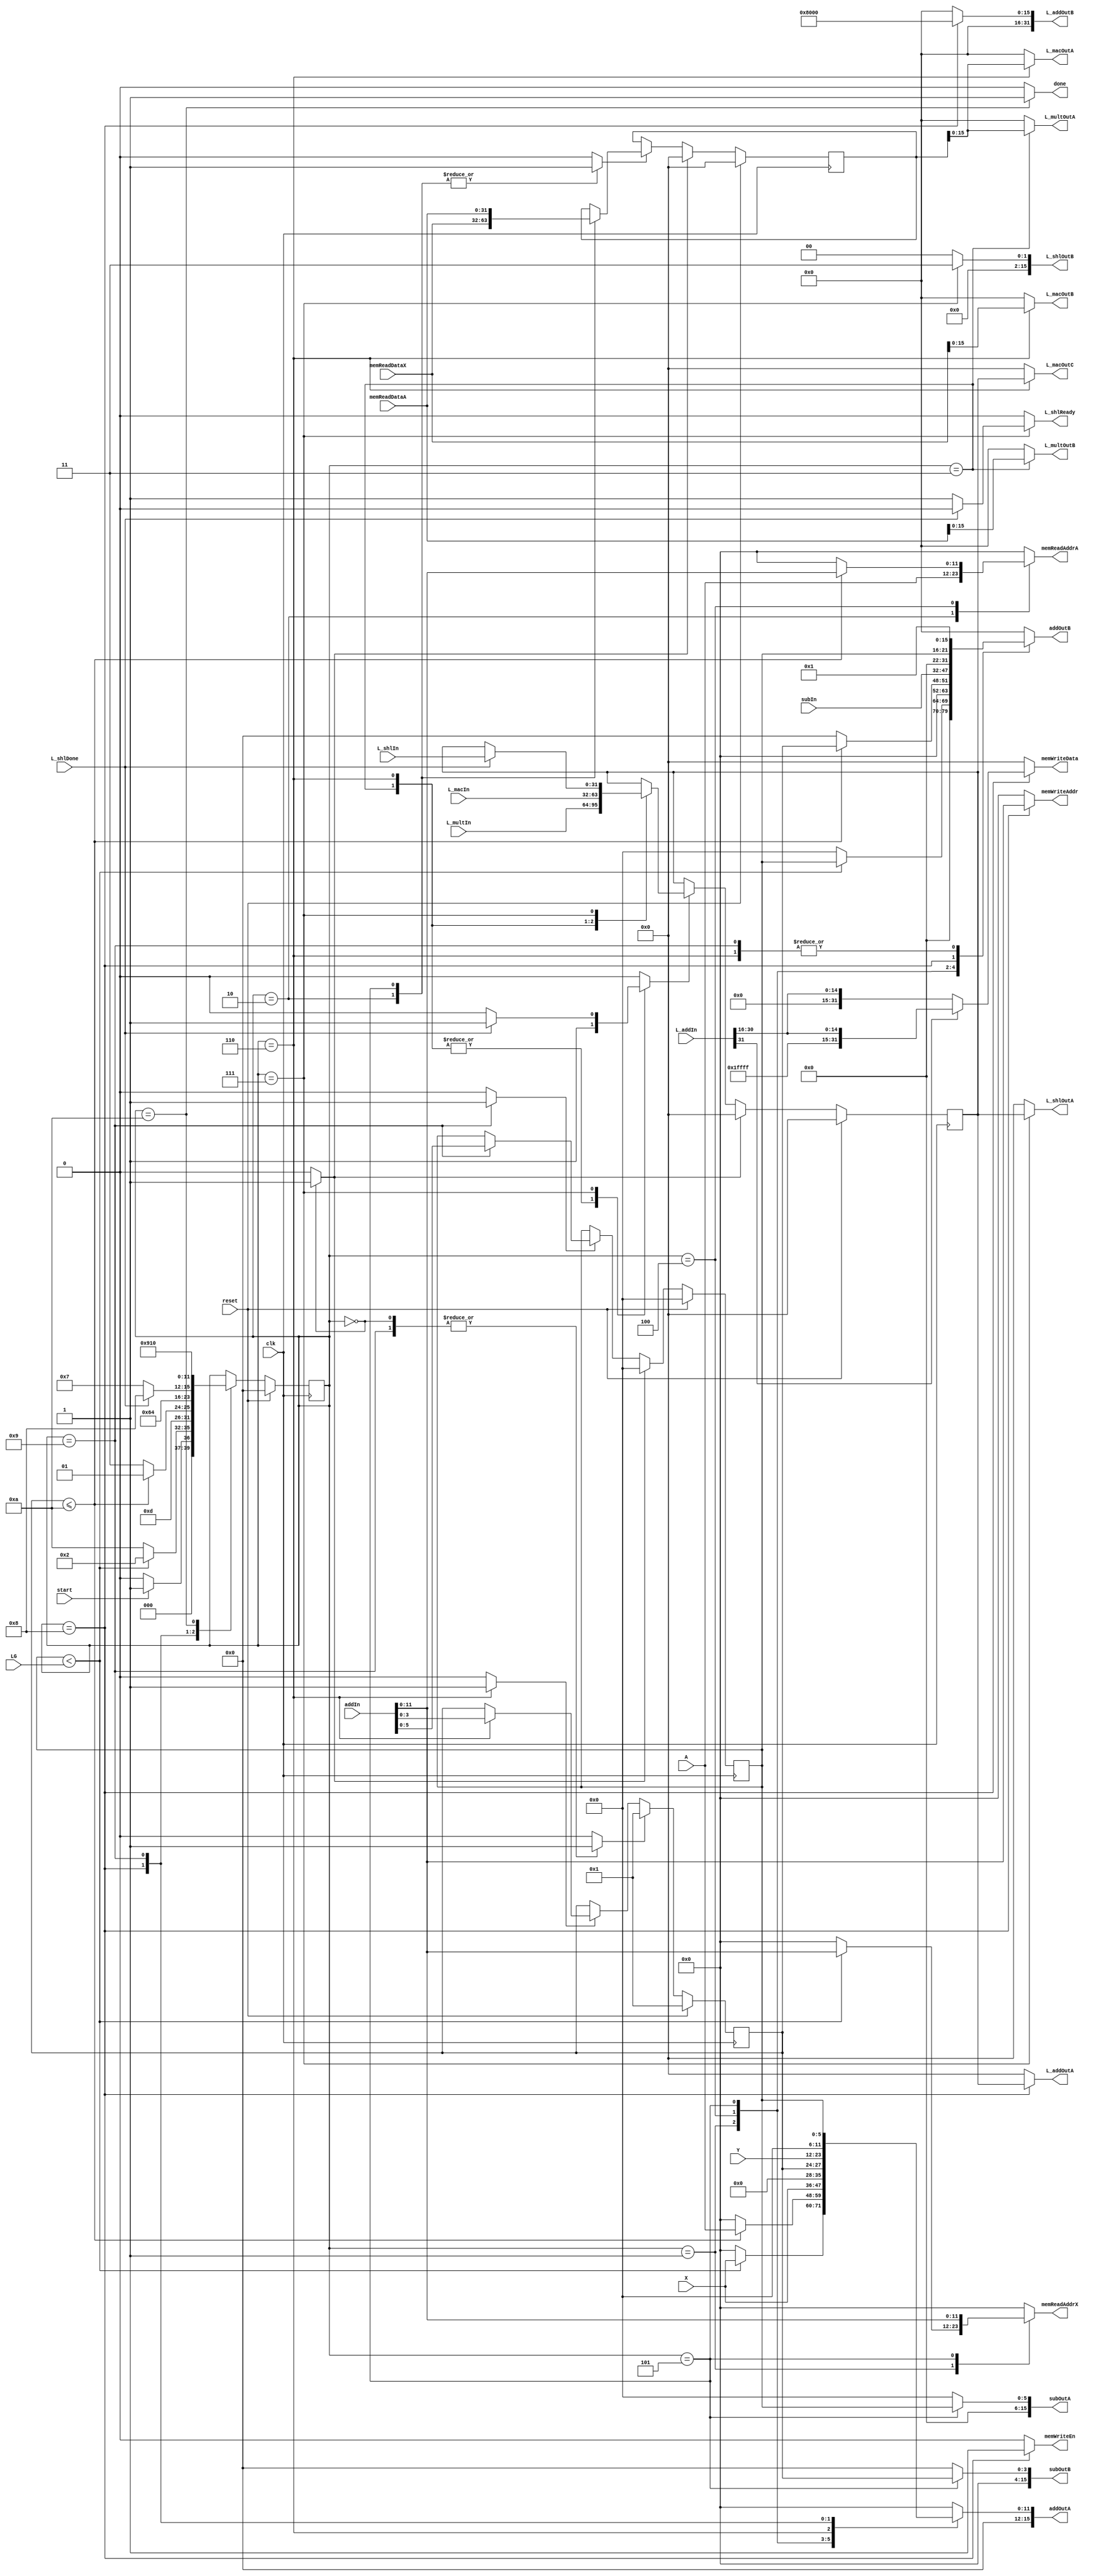
`timescale 1ns / 1ps
//////////////////////////////////////////////////////////////////////////////////
// Company: 
// 
// Design Name: 
// Module Name:    Residu 
// Project Name: 
// Target Devices: 
// Tool versions: 
// Description: 
//
// Dependencies: 
//
// Revision: 
// Revision 0.01 - File Created
// Additional Comments: 
//
//////////////////////////////////////////////////////////////////////////////////
module Residu(clk, reset, start, done, A, X, Y, LG, memReadDataA, memReadDataX, memWriteEn, memReadAddrA,
				  memReadAddrX, memWriteAddr, memWriteData, L_multOutA, L_multOutB, L_multIn, L_macOutA, L_macOutB, 
				  L_macOutC, L_macIn, subOutA, subOutB, subIn, L_shlOutA, L_shlOutB, L_shlIn, addOutA, 
				  addOutB, addIn, L_addOutA, L_addOutB, L_addIn, L_shlDone, L_shlReady);

//Inputs
input clk, reset, start;
input [11:0] A, X, Y;
input [5:0] LG;
input [31:0] memReadDataA, memReadDataX;
input [31:0] L_multIn;
input [15:0] subIn;
input [31:0] L_macIn;
input [31:0] L_shlIn;
input [15:0] addIn;
input [31:0] L_addIn;
input L_shlDone;

//Outputs
output reg done;
output reg memWriteEn;
output reg [11:0] memReadAddrA, memReadAddrX;
output reg [11:0] memWriteAddr;
output reg [31:0] memWriteData;
output reg [15:0] subOutA, subOutB;
output reg [15:0] L_multOutA, L_multOutB;
output reg [15:0] L_macOutA, L_macOutB;
output reg [31:0] L_macOutC;
output reg [31:0] L_shlOutA;
output reg [15:0] L_shlOutB;
output reg [15:0] addOutA, addOutB;
output reg [31:0] L_addOutA, L_addOutB;
output reg L_shlReady;

//Wires

//Regs
reg [3:0] state, nextstate;
reg [5:0] I, nextI;
reg [3:0] J, nextJ;
reg [31:0] temp, nexttemp;
reg [31:0] S, nextS;
reg resetI, ldI;
reg resetJ, ldJ;
reg resettemp, ldtemp;
reg resetS, ldS;

//Flops
//state
always @ (posedge clk)
begin
	if (reset)
		state <= 0;
	else
		state <= nextstate;
end

//I, outer for() loop
always @ (posedge clk)
begin
	if (reset)
		I <= 0;
	else if (resetI)
		I <= 0;
	else if (ldI)
		I <= nextI;
end

//J, inner for() loop
always @ (posedge clk)
begin
	if (reset)
		J <= 1;
	else if (resetJ)
		J <= 1;
	else if (ldJ)
		J <= nextJ;
end

//temp, stores value from memory
always @ (posedge clk)
begin
	if (reset)
		temp <= 0;
	else if (resettemp)
		temp <= 0;
	else if (ldtemp)
		temp <= nexttemp;
end

//S, ultimate result of Residu after function calls
always @ (posedge clk)
begin
	if (reset)
		S <= 0;
	else if (resetS)
		S <= 0;
	else if (ldS)
		S <= nextS;
end

//Parameters/States
parameter S0_INIT = 4'd0;
parameter S1_FOR1 = 4'd1;
parameter S2_MEM1 = 4'd2;
parameter S3_LMULT = 4'd3;
parameter S4_FOR2 = 4'd4;
parameter S5_MEM2 = 4'd5;
parameter S6_LMAC = 4'd6;
parameter S7_LSHL = 4'd7;
parameter S8_ROUND = 4'd8;
parameter S9_INC = 4'd9;
parameter S10_DONE = 4'd10;
parameter M = 4'd10;

//FSM
//States:
//INIT: reset flops, check if start high
	//if(start): goto FOR1
	//else: goto INIT
//FOR1: check if for1 valid
	//if(i < lg): request x[i], goto MEM1
	//else: goto DONE
//MEM1: request a[0], store x[i], goto LMULT
//LMULT: do L_mult, store result in S, goto FOR2
//FOR2: check if for2 valid
	//if(j <= M): request a[j], goto MEM2
	//else: goto LSHL
//MEM2: do i-j, request x[i-j], store a[j], goto LMAC
//LMAC: do L_mac, store result in S, goto FOR2
//LSHL: do L_shl, store result in S, goto ROUND
//ROUND: do round, store in memory at y[i]({y,i}) goto FOR1
//DONE: done signal



always @ (*)
begin
	//set outputs to default
	nextstate = state;
	nextI = I;
	resetI = 0;
	ldI = 0;
	nextJ = J;
	resetJ = 0;
	ldJ = 0;
	nexttemp = temp;
	resettemp = 0;
	ldtemp = 0;
	nextS = S;
	resetS = 0;
	ldS = 0;
	memReadAddrA = 0;
	memReadAddrX = 0;
	done = 0;
	memWriteEn = 0;
	memWriteAddr = 0;
	memWriteData = 0;
	subOutA = 0;
	subOutB = 0;
	L_multOutA = 0;
	L_multOutB = 0;
	L_macOutA = 0;
	L_macOutB = 0;
	L_macOutC = 0;
	L_shlOutA = 0;
	L_shlOutB = 0;
	addOutA = 0;
	addOutB = 0;
	L_addOutA = 0;
	L_addOutB = 0;
	L_shlReady = 0;
	
	case (state)
		S0_INIT:
		begin
			resetI = 1;
			resetJ = 1;
			resettemp = 1;
			resetS = 1;
			if (start)
				nextstate = S1_FOR1;
			else
				nextstate = S0_INIT;
		end
		
		S1_FOR1:
		begin
			if (I < LG)
			begin
				addOutA = X;
				addOutB = I;
				memReadAddrX = addIn[11:0];
				nextstate = S2_MEM1;
			end
			else 
				nextstate = S10_DONE;
		end
		
		S2_MEM1:
		begin
			memReadAddrA = A[11:0];
			nexttemp = memReadDataX;
			ldtemp = 1;
			nextstate = S3_LMULT;
		end
		
		S3_LMULT:
		begin
			L_multOutA = temp;
			L_multOutB = memReadDataA;
			nextS = L_multIn;
			ldS = 1;
			nextstate = S4_FOR2;
		end
		
		S4_FOR2:
		begin
			if (J <= M)
			begin
				addOutA = A;
				addOutB = J;
				memReadAddrA = addIn;
				nextstate = S5_MEM2;
			end
			else
				nextstate = S7_LSHL;
		end
		
		S5_MEM2:
		begin
			subOutA = {10'd0, I[5:0]};
			subOutB = {12'd0, J[3:0]};
			//add instead of concatenate
			addOutA = {5'd0, X[11:0]};
			addOutB = subIn;
			memReadAddrX = addIn;
			nexttemp = memReadDataA;
			ldtemp = 1;
			nextstate = S6_LMAC;
		end
		
		S6_LMAC:
		begin
			L_macOutA = temp[15:0];
			L_macOutB = memReadDataX[15:0];
			L_macOutC = S;
			nextS = L_macIn;
			ldS = 1;
			addOutA = J;
			addOutB = 'd1;
			nextJ = addIn;
			ldJ = 1;
			nextstate = S4_FOR2;
		end
		
		S7_LSHL:
		begin
			L_shlReady = 1;
			L_shlOutA = S;
			L_shlOutB = 16'd3;
			if(L_shlDone == 1)
			begin	
				L_shlReady = 0;	
				nextS = L_shlIn;
				ldS = 1;
				nextstate = S8_ROUND;
			end
			else
				nextstate = S7_LSHL;
		end
		
		S8_ROUND:
		begin
			//find round and do what it does
			L_addOutA = S;
			L_addOutB = 32'h00008000;
			if(L_addIn[31] == 1)
				memWriteData = {16'hffff,L_addIn[31:16]};
			else if(L_addIn[31] == 0)
				memWriteData = {16'd0,L_addIn[31:16]};
			addOutA = Y;
			addOutB = I;
			memWriteAddr = addIn;
			memWriteEn = 1;
			nextstate = S9_INC;
		end
		
		S9_INC:
		begin
			addOutA = I;
			addOutB = 'd1;
			nextI = addIn;
			ldI = 1;
			resetJ = 1;
			nextstate = S1_FOR1;
		end
		
		S10_DONE:
		begin
			done = 1;
			nextstate = S0_INIT;
		end
		
	endcase
end



endmodule